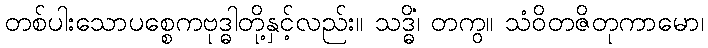
တစ်ပါးသောပစ္စေကဗုဒ္ဓါတို့နှင့်လည်း။ သဒ္ဓိံ၊ တကွ။ သံဝိတဇိတုကာမော၊